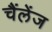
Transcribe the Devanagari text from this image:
चैंलेंज